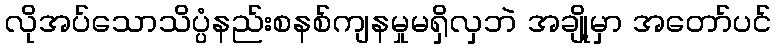
လိုအပ်သောသိပ္ပံနည်းစနစ်ကျနမှုမရှိလှဘဲ အချို့မှာ အတော်ပင်